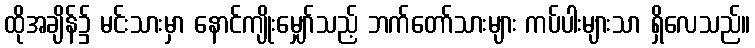
ထိုအချိန်၌ မင်းသားမှာ နောင်ကျိုးမျှော်သည့် ဘက်တော်သားများ ကပ်ပါးများသာ ရှိလေသည်။